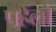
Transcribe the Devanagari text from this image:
पहेंलो